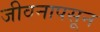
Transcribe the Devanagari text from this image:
जीवनापसून